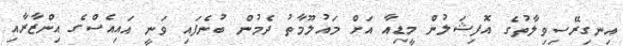
އިނގިރޭސިވިލާތުގެ އޮފިޝަލުން މީޑިއާ އަށް މައުލޫމާތު ދެމުން ބުނެފައި ވަނީ އައިއެސްގެ އިންޒާރާއި